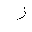
Letter: _zay